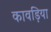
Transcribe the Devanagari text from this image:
कावड़िया